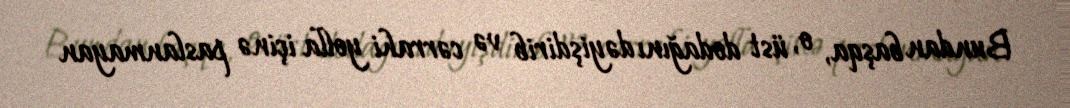
Bundan başqa, o, üst dodağını dəyişdirib və cərrahi yolla içinə paslanmayan